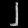
Digit: ၂